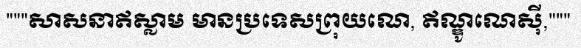
"""សាសនាឥស្លាម មានប្រទេសព្រុយណេ, ឥណ្ឌូណេស៊ី,"""